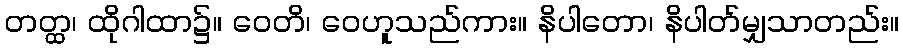
တတ္ထ၊ ထိုဂါထာ၌။ ဝေတိ၊ ဝေဟူသည်ကား။ နိပါတော၊ နိပါတ်မျှသာတည်း။